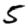
Digit: 5